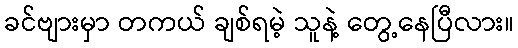
ခင်ဗျားမှာ တကယ် ချစ်ရမဲ့ သူနဲ့ တွေ့နေပြီလား။